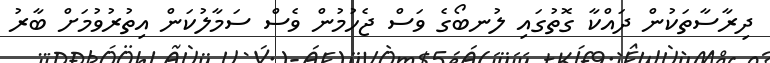
ދިރާސާތަކުން ދައްކާ ގޮތުގައި ލުނބޯގެ ވަސް ޖެހުމުން ވެސް ސަމާލުކަން އިތުރުވުމަށް ބާރު